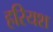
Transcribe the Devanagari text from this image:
हरियश